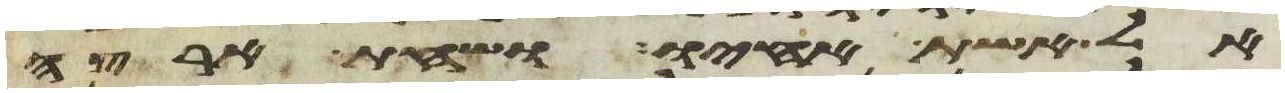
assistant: אל אשת אחיו ושחת ארצה